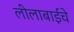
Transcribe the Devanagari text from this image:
लीलाबाईंचे